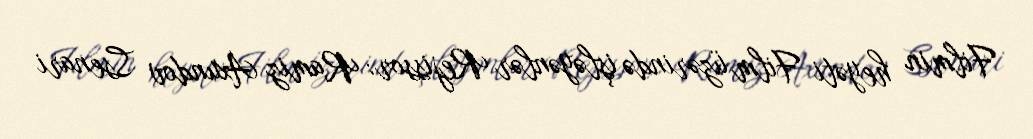
Filmin heyəti Film üzərində işləyənlər Rejissor: Ramiz Axundov Ssenari